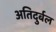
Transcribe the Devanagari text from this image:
अतिदुर्बल